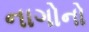
નાગોનો